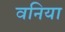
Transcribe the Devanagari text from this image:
वनिया